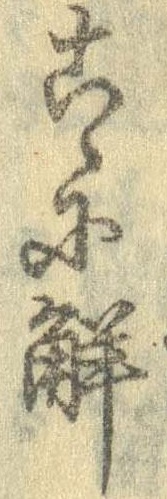
こゝに解